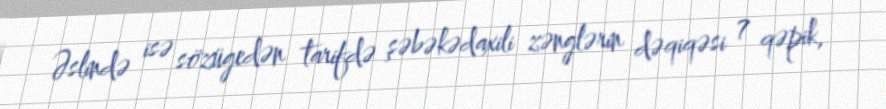
Əslində isə sözügedən tarifdə şəbəkədaxili zənglərin dəqiqəsi 7 qəpik,